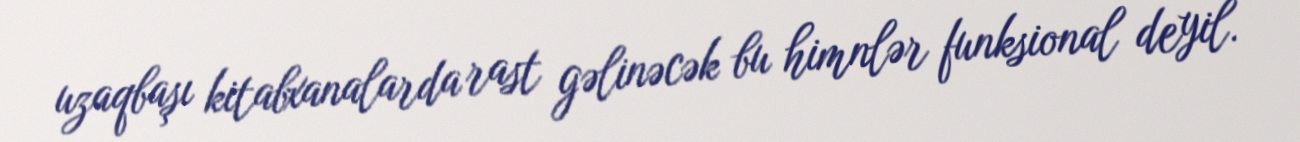
uzaqbaşı kitabxanalarda rast gəlinəcək bu himnlər funksional deyil.